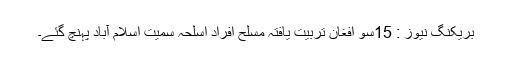
بریکنگ نیوز : 15سو افغان تربیت یافتہ مسلح افراد اسلحہ سمیت اسلام آباد پہنچ گئے۔